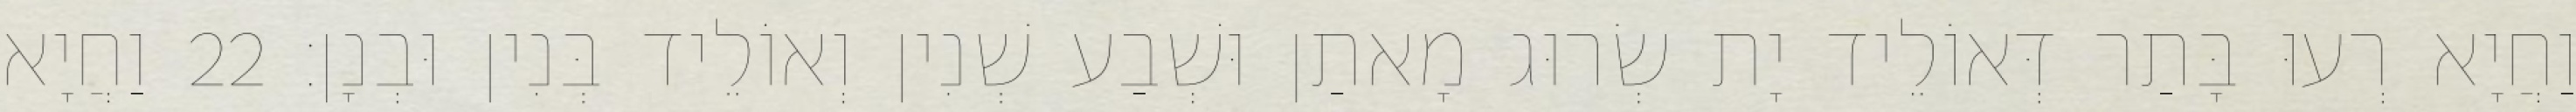
וַחֲיָא רְעוּ בָּתַר דְּאוֹלֵיד יָת שְׂרוּג מָאתַן וּשְׁבַע שְׁנִין וְאוֹלֵיד בְּנִין וּבְנָן׃ 22 וַחֲיָא